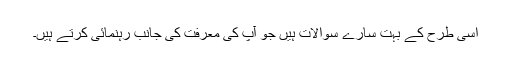
اسی طرح کے بہت سارے سوالات ہیں جو آپ کی معرفت کی جانب رہنمائی کرتے ہیں۔